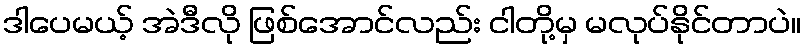
ဒါပေမယ့် အဲဒီလို ဖြစ်အောင်လည်း ငါတို့မှ မလုပ်နိုင်တာပဲ။